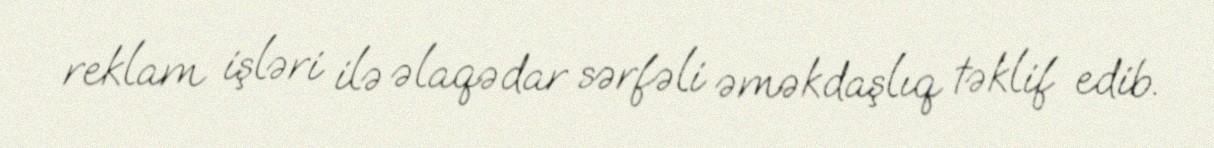
reklam işləri ilə əlaqədar sərfəli əməkdaşlıq təklif edib.